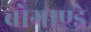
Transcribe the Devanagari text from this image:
बोगाण्डे